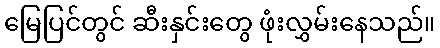
မြေပြင်တွင် ဆီးနှင်းတွေ ဖုံးလွှမ်းနေသည်။